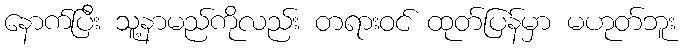
နောက်ပြီး သူ့နာမည်ကိုလည်း တရားဝင် ထုတ်ပြန်မှာ မဟုတ်ဘူး